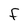
Character: F